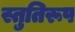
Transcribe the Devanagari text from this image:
स्तुतिरूप